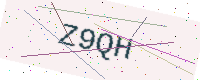
Text: Z9QH